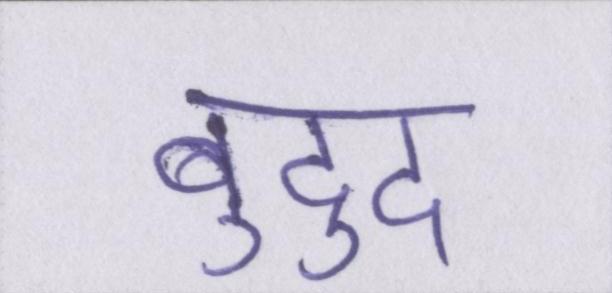
बुद्दु